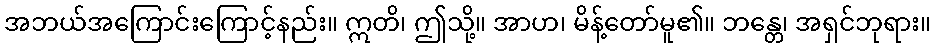
အဘယ်အကြောင်းကြောင့်နည်း။ ဣတိ၊ ဤသို့။ အာဟ၊ မိန့်တော်မူ၏။ ဘန္တေ၊ အရှင်ဘုရား။